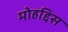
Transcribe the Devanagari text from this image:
मोहद्दिस